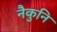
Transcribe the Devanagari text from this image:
नैकुनि